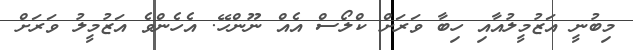
މިބުނީ އަޒުމީލުއާއި ހިބާ ވަރަށް ކްލޯސް އެއް ނޫންހޭ. އެހެންވެ އަޒުމީލު ވަރަށް